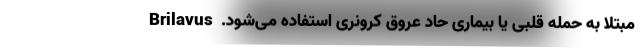
مبتلا به حمله قلبی یا بیماری حاد عروق کرونری استفاده می‌شود.  Brilavus